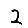
Digit: 2